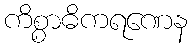
ကိစ္စာဓိကရဏေန